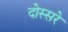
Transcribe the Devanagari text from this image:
दोस्सरे